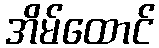
အိမ်ထောင်